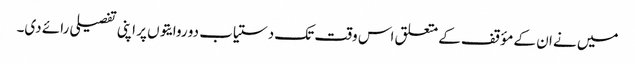
میں نے ان کے مؤقف کے متعلق اس وقت تک دستیاب دو روایتوں پر اپنی تفصیلی رائے دی۔